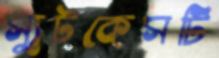
স্যুটকেসটি